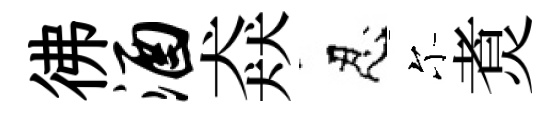
彿酒猋忍尓煑